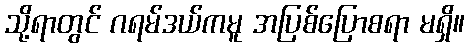
သို့ရာတွင် ဂရမ်ဒယ်ကမူ အပြစ်ပြောစရာ မရှိ။